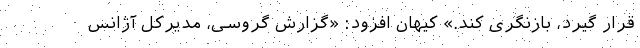
قرار گیرد، بازنگری کند.» کیهان افزود: «گزارش گروسی، مدیرکل آژانس